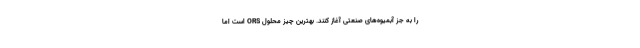
را به جز آبمیوه‌های صنعتی آغاز کنند. بهترین چیز محلول ORS است اما